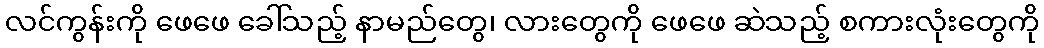
လင်ကွန်းကို ဖေဖေ ခေါ်သည့် နာမည်တွေ၊ လားတွေကို ဖေဖေ ဆဲသည့် စကားလုံးတွေကို